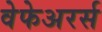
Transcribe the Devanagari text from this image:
वेफेअरर्स